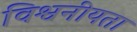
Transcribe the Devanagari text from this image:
विश्वनीयता